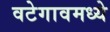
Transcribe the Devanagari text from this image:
वटेगावमध्ये